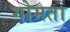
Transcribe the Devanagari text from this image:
गोमता